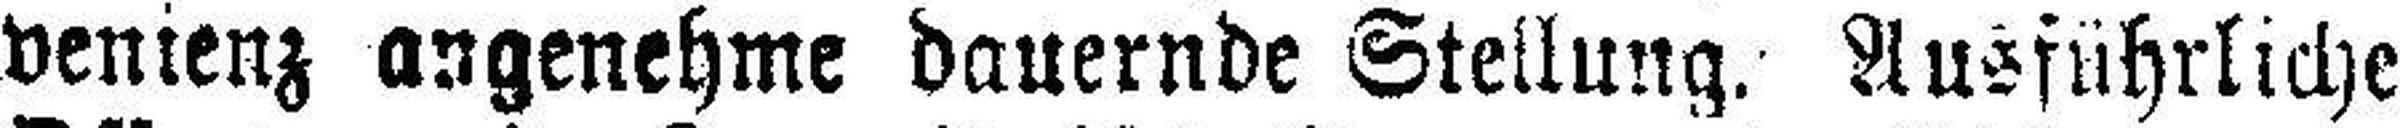
venienz angenehme dauernde Stellung. Ausführliche